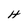
Character: H